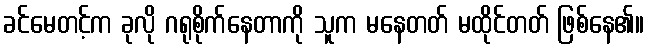
ခင်မေတင့်က ခုလို ဂရုစိုက်နေတာကို သူက မနေတတ် မထိုင်တတ် ဖြစ်နေ၏။